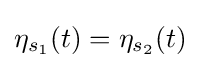
\eta _{s_{1}}(t)=\eta _{s_{2}}(t)